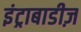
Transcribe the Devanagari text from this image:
इंट्राबाडीज़